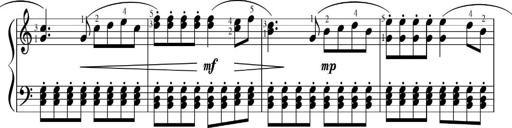
Title: Sonatinas
Composer: Andrew Violette